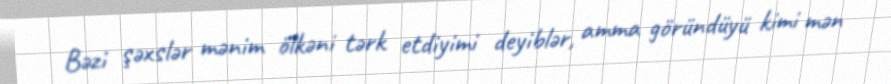
Bəzi şəxslər mənim ölkəni tərk etdiyimi deyiblər, amma göründüyü kimi mən